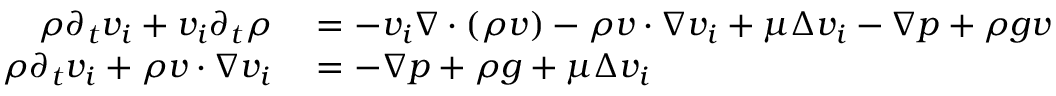
\begin{array} { r l } { \rho \partial _ { t } v _ { i } + v _ { i } \partial _ { t } \rho } & { { } = - v _ { i } \nabla \cdot ( \rho v ) - \rho v \cdot \nabla v _ { i } + \mu \Delta v _ { i } - \nabla p + \rho g v } \\ { \rho \partial _ { t } v _ { i } + \rho v \cdot \nabla v _ { i } } & { { } = - \nabla p + \rho g + \mu \Delta v _ { i } } \end{array}